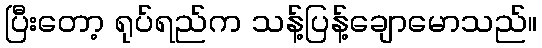
ပြီးတော့ ရုပ်ရည်က သန့်ပြန့်ချောမောသည်။